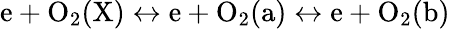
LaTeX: \mathrm{e+O_{2}(X)\leftrightarrow e+O_{2}(a)\leftrightarrow e+O_{2}(b)}